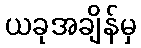
ယခုအချိန်မှ